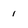
Character: 1